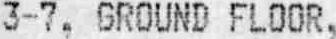
3-7, GROUND FLOOR,